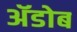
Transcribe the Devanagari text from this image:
ॲडोब